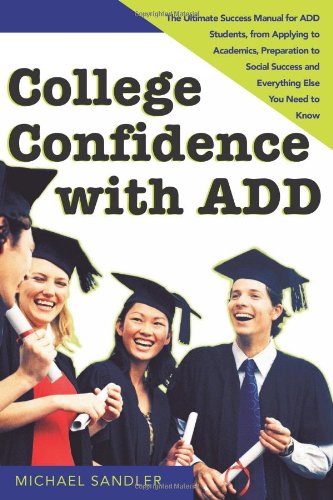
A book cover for College Confidence with ADD: The Ultimate Success Manual for ADD Students, from Applying to Academics, Preparation to Social Success and Everything Else You Need to Know; Michael Sandler; Health, Fitness & Dieting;